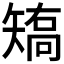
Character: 𰦝